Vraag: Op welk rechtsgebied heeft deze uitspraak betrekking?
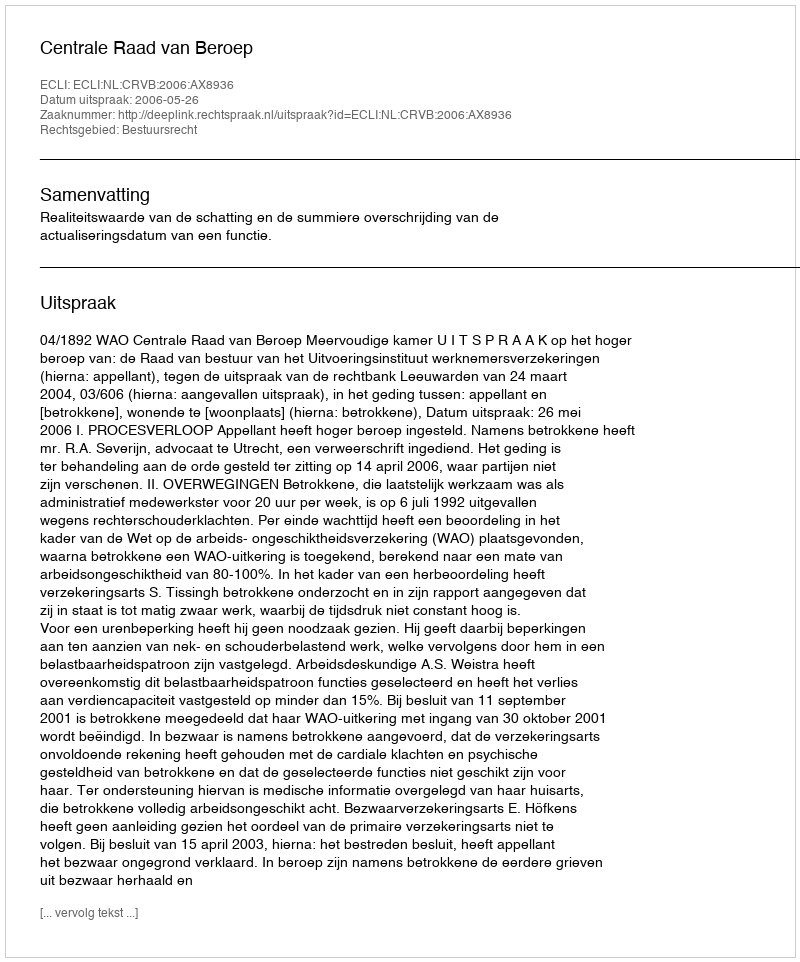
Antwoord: Bestuursrecht